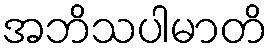
အဘိသပါမာတိ